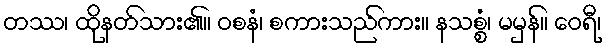
တဿ၊ ထိုနတ်သား၏။ ဝစနံ၊ စကားသည်ကား။ နသစ္စံ၊ မမှန်။ ဝေရီ၊